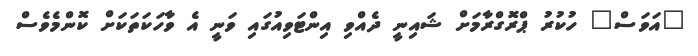
"އަވަސް" ހުކުރު ޕްރޮގްރާމަށް ޝައިނީ ދެއްވި އިންޓަވިއުގައި ވަނީ އެ ވާހަކަތަކަށް ކޮންމެވެސް